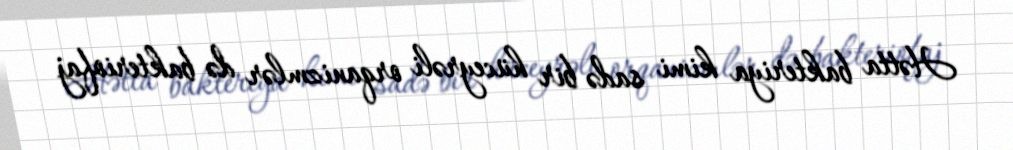
Hətta bakteriya kimi sadə bir hüceyrəli orqanizmlər də bakteriofaj